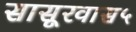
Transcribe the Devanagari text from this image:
सासूरवास५